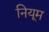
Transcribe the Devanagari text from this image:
नियूम